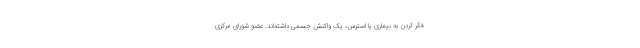
فکر کردن به بیماری یا استرس، یک واکنش جسمی داشته‌اند. عضو شورای مرکزی